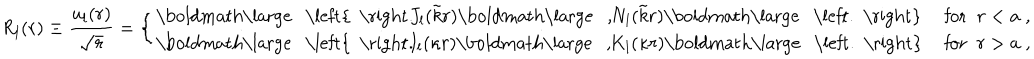
R _ { l } ( r ) \equiv \frac { u _ { l } ( r ) } { \sqrt { r } } = \left\{ \begin{array} { l r } { { \mathrm { \boldmath \large ~ \left\{ ~ \right. ~ } \! \! \! J _ { l } ( \tilde { k } r ) \mathrm { \boldmath \large ~ , ~ } \! \! N _ { l } ( \tilde { k } r ) \mathrm { \boldmath \large ~ \left. ~ \right\} ~ } \! \! \; } } & { { \textrm { f o r } \; \; r < a \; , } } \\ { { \mathrm { \boldmath \large ~ \left\{ ~ \right. ~ } \! \! \! I _ { l } ( \kappa r ) \mathrm { \boldmath \large ~ , ~ } \! \! K _ { l } ( \kappa r ) \mathrm { \boldmath \large ~ \left. ~ \right\} ~ } \! \! \; } } & { { \textrm { f o r } \; \; r > a \; , } } \\ \end{array} \right. \; \;